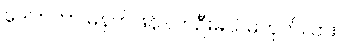
ဒေါက်တာ မနက်ဖြန် လာဦးမယ်မဟုတ်လား